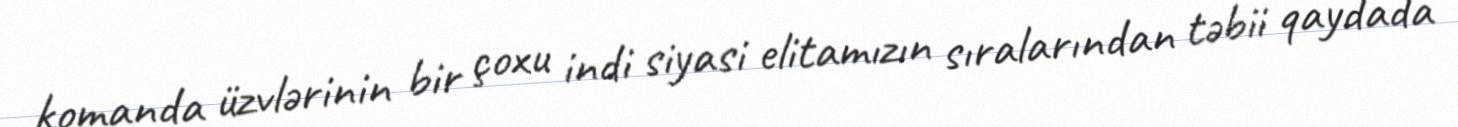
komanda üzvlərinin bir çoxu indi siyasi elitamızın sıralarından təbii qaydada